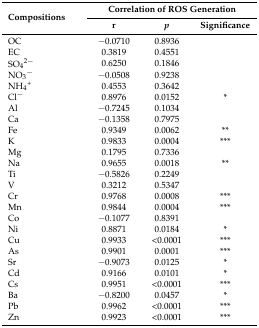
| <ROWSPAN=2> Compositions | <COLSPAN=3> Correlation of ROS Generation |
 | r | p | Significance |
 | --- | --- | --- | --- |
 | OC | −0.0710 | 0.8936 |  |
 | EC | 0.3819 | 0.4551 |  |
 | SO42− | 0.6250 | 0.1846 |  |
 | NO3− | −0.0508 | 0.9238 |  |
 | NH4+ | 0.4553 | 0.3642 |  |
 | Cl− | 0.8976 | 0.0152 | * |
 | Al | −0.7245 | 0.1034 |  |
 | Ca | −0.1358 | 0.7975 |  |
 | Fe | 0.9349 | 0.0062 | ** |
 | K | 0.9833 | 0.0004 | *** |
 | Mg | 0.1795 | 0.7336 |  |
 | Na | 0.9655 | 0.0018 | ** |
 | Ti | −0.5826 | 0.2249 |  |
 | V | 0.3212 | 0.5347 |  |
 | Cr | 0.9768 | 0.0008 | *** |
 | Mn | 0.9844 | 0.0004 | *** |
 | Co | −0.1077 | 0.8391 |  |
 | Ni | 0.8871 | 0.0184 | * |
 | Cu | 0.9933 | <0.0001 | *** |
 | As | 0.9901 | 0.0001 | *** |
 | Sr | −0.9073 | 0.0125 | * |
 | Cd | 0.9166 | 0.0101 | * |
 | Cs | 0.9951 | <0.0001 | *** |
 | Ba | −0.8200 | 0.0457 | * |
 | Pb | 0.9962 | <0.0001 | *** |
 | Zn | 0.9923 | <0.0001 | *** |